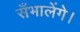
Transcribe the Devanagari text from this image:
सँभालेंगे।